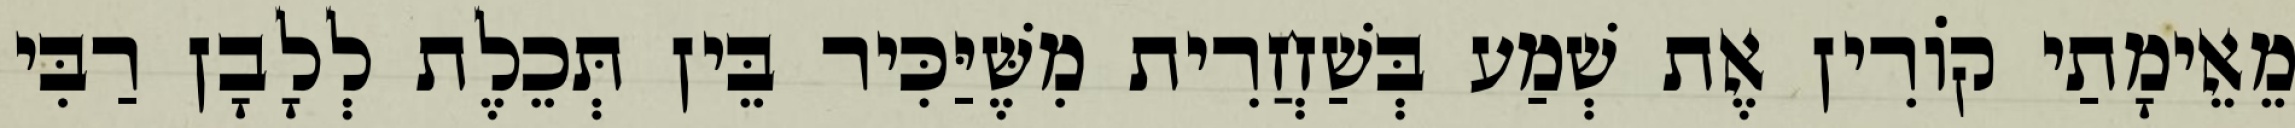
מֵאֵימָתַי קוֹרִין אֶת שְׁמַע בְּשַׁחֲרִית מִשֶּׁיַּכִּיר בֵּין תְּכֵלֶת לְלָבָן רַבִּי